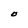
Character: O